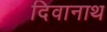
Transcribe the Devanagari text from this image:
दिवानाथ